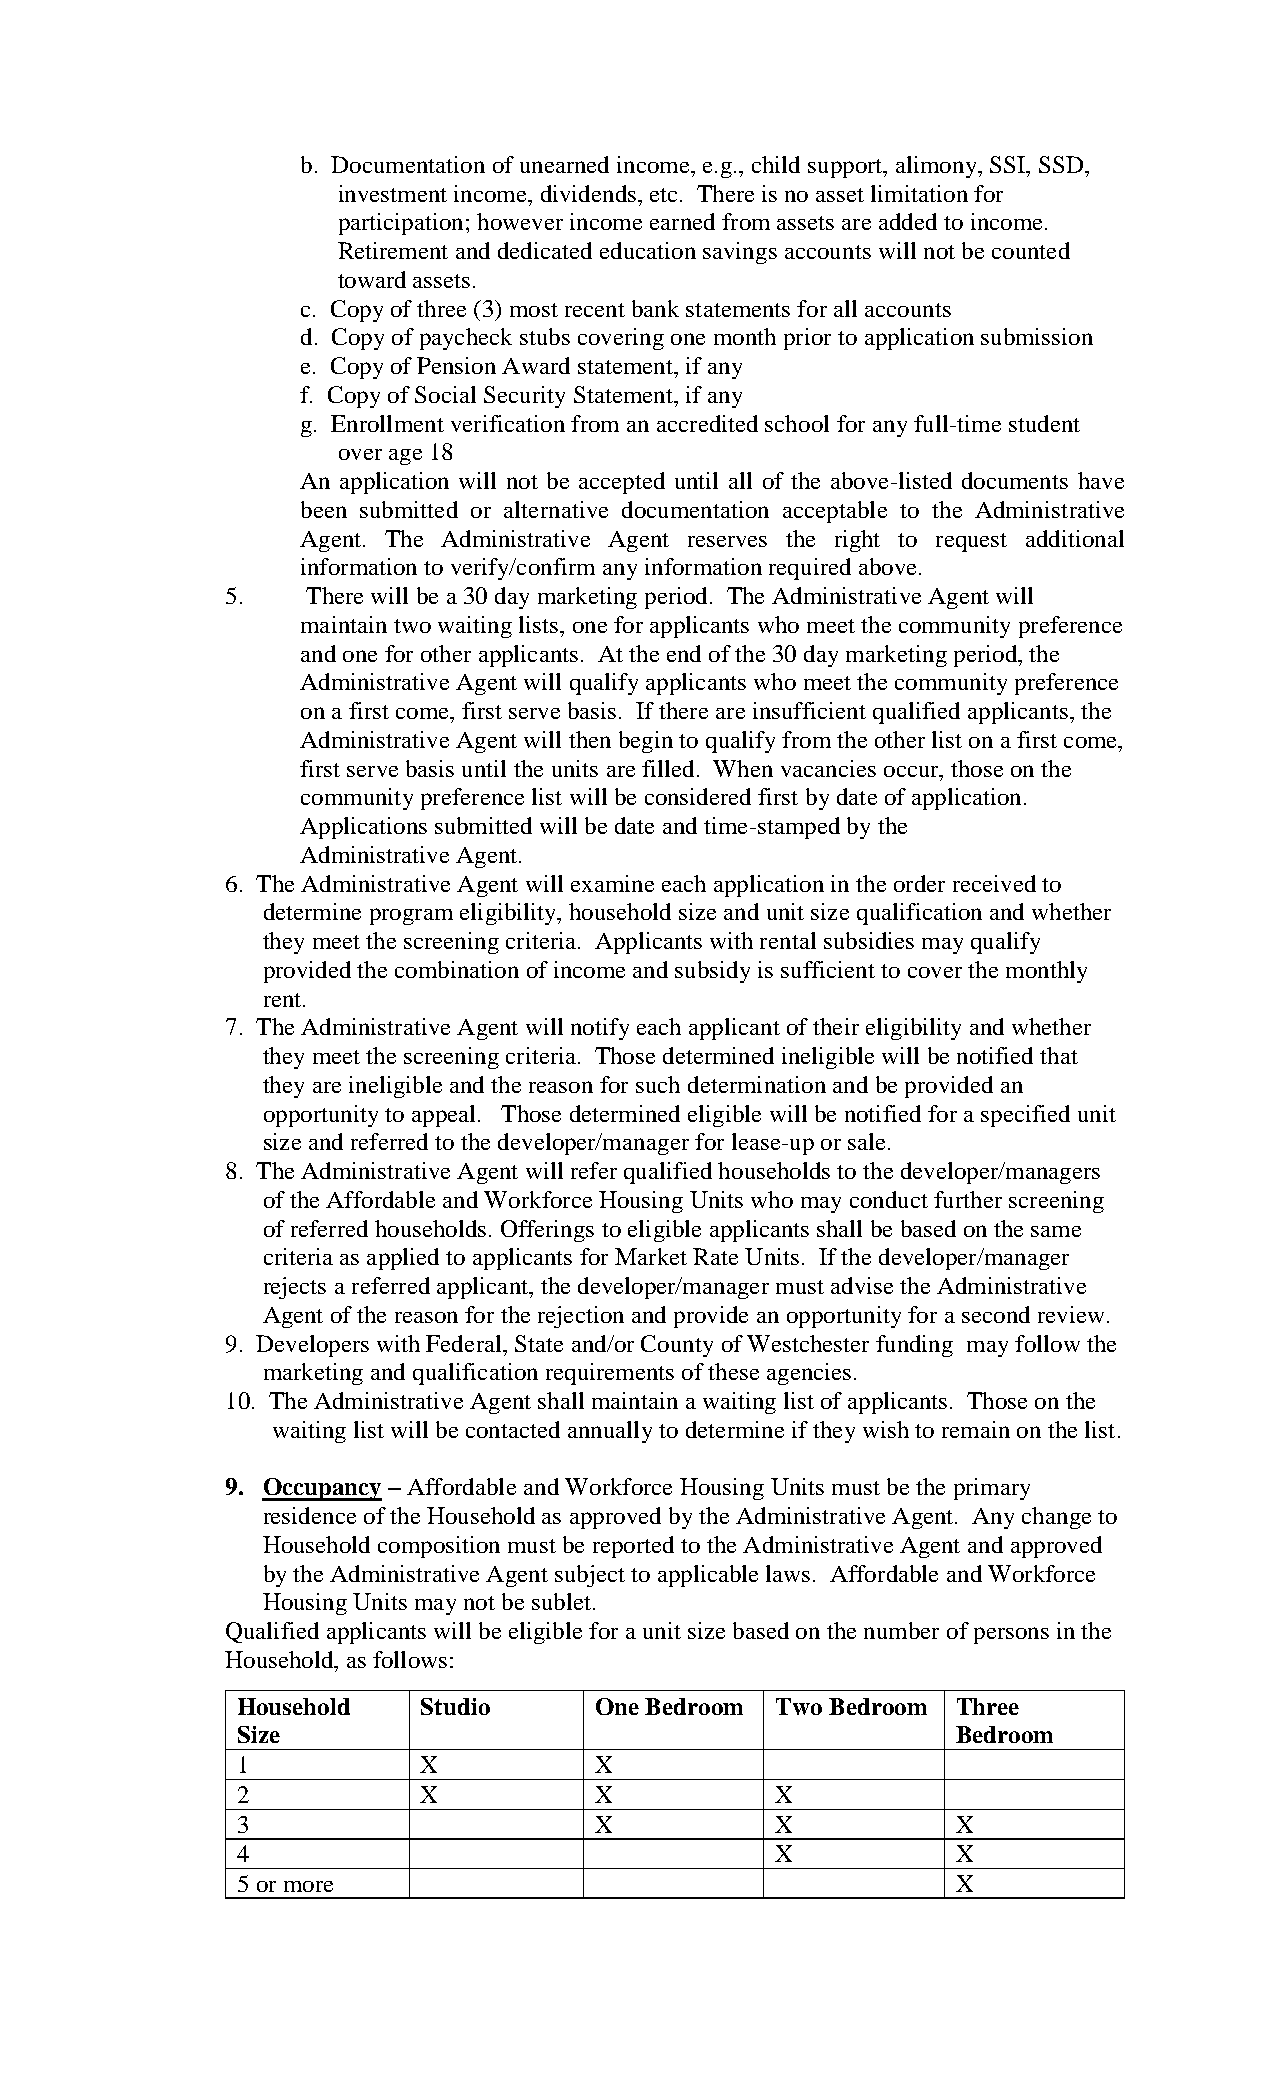
b. Documentation of unearned income, e.g., child support, alimony, SSI, SSD,
 investment income, dividends, etc. There is no asset limitation for
 participation; however income earned from assets are added to income.
 Retirement and dedicated education savings accounts will not be counted
 toward assets.
 c. Copy of three (3) most recent bank statements for all accounts
 d. Copy of paycheck stubs covering one month prior to application submission
 e. Copy of Pension Award statement, if any
 f. Copy of Social Security Statement, if any
 g. Enrollment verification from an accredited school for any full-time student
 over age 18
 An application will not be accepted until all of the above-listed documents have
 been submitted or alternative documentation acceptable to the Administrative
 Agent. The Administrative Agent reserves the right to request additional
 information to verify/confirm any information required above.
 5.   There will be a 30 day marketing period. The Administrative Agent will
 maintain two waiting lists, one for applicants who meet the community preference
 and one for other applicants. At the end of the 30 day marketing period, the
 Administrative Agent will qualify applicants who meet the community preference
 on a first come, first serve basis. If there are insufficient qualified applicants, the
 Administrative Agent will then begin to qualify from the other list on a first come,
 first serve basis until the units are filled. When vacancies occur, those on the
 community preference list will be considered first by date of application.
 Applications submitted will be date and time-stamped by the
 Administrative Agent.
 6. The Administrative Agent will examine each application in the order received to
 determine program eligibility, household size and unit size qualification and whether
 they meet the screening criteria. Applicants with rental subsidies may qualify
 provided the combination of income and subsidy is sufficient to cover the monthly
 rent.
 7. The Administrative Agent will notify each applicant of their eligibility and whether
 they meet the screening criteria. Those determined ineligible will be notified that
 they are ineligible and the reason for such determination and be provided an
 opportunity to appeal. Those determined eligible will be notified for a specified unit
 size and referred to the developer/manager for lease-up or sale.
 8. The Administrative Agent will refer qualified households to the developer/managers
 of the Affordable and Workforce Housing Units who may conduct further screening
 of referred households. Offerings to eligible applicants shall be based on the same
 criteria as applied to applicants for Market Rate Units. If the developer/manager
 rejects a referred applicant, the developer/manager must advise the Administrative
 Agent of the reason for the rejection and provide an opportunity for a second review.
 9. Developers with Federal, State and/or County of Westchester funding may follow the
 marketing and qualification requirements of these agencies.
 10. The Administrative Agent shall maintain a waiting list of applicants. Those on the
 waiting list will be contacted annually to determine if they wish to remain on the list.
 9. Occupancy – Affordable and Workforce Housing Units must be the primary
 residence of the Household as approved by the Administrative Agent. Any change to
 Household composition must be reported to the Administrative Agent and approved
 by the Administrative Agent subject to applicable laws. Affordable and Workforce
 Housing Units may not be sublet.
 Qualified applicants will be eligible for a unit size based on the number of persons in the
 Household, as follows:
 Household   Studio     One Bedroom Two Bedroom Three
 Size                                           Bedroom
 1           X          X
 2           X          X           X
 3                      X           X           X
 4                                  X           X
 5 or more                                      X